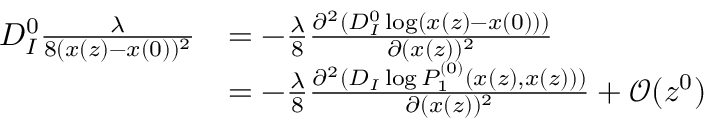
\begin{array} { r l } { D _ { I } ^ { 0 } \frac { \lambda } { 8 ( x ( z ) - x ( 0 ) ) ^ { 2 } } } & { = - \frac { \lambda } { 8 } \frac { \partial ^ { 2 } ( D _ { I } ^ { 0 } \log ( x ( z ) - x ( 0 ) ) ) } { \partial ( x ( z ) ) ^ { 2 } } } \\ & { = - \frac { \lambda } { 8 } \frac { \partial ^ { 2 } ( D _ { I } \log P _ { 1 } ^ { ( 0 ) } ( x ( z ) , x ( z ) ) ) } { \partial ( x ( z ) ) ^ { 2 } } + \mathcal { O } ( z ^ { 0 } ) } \end{array}